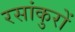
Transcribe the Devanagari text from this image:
रसांकुरों